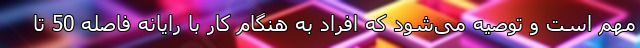
مهم است و توصیه می‌شود که افراد به هنگام کار با رایانه فاصله 50 تا